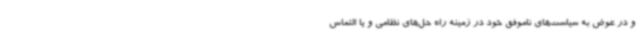
و در عوض به سیاست‌های ناموفق خود در زمینه راه حل‌های نظامی و یا التماس